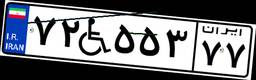
۷۲W۵۵۳۷۷